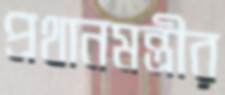
প্রথানমন্ত্রীর